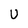
Character: U